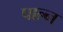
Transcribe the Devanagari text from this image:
पाल्न